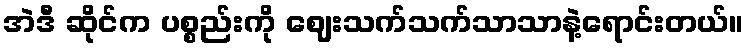
အဲဒီ ဆိုင်က ပစ္စည်းကို ဈေးသက်သက်သာသာနဲ့ရောင်းတယ်။